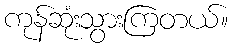
ကုန်ဆုံးသွားကြတယ်။